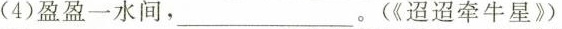
(4)盈盈一水间，___。(《迢迢牵牛星》)